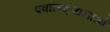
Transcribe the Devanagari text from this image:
प्रवालशृंखलाओं